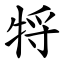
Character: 㸹